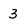
Character: 3